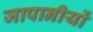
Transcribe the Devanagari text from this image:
जापानीयों